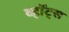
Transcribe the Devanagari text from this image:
व्हॉट्स